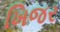
ખિજર